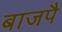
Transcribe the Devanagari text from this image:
बाजपै